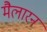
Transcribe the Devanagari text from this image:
मैलारन